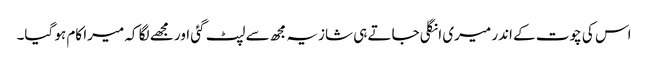
اس کی چوت کے اندر میری انگلی جاتے ہی شازیہ مجھ سے لپٹ گئی اور مجھے لگا کہ میرا کام ہو گیا۔